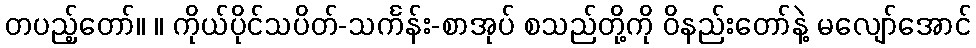
တပည့်တော်။ ။ ကိုယ်ပိုင်သပိတ်-သင်္ကန်း-စာအုပ် စသည်တို့ကို ဝိနည်းတော်နဲ့ မလျော်အောင်